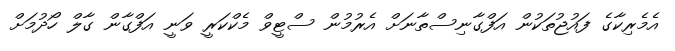
އެމެރިކާގެ ފައުޖުތަކުން އަފްގާނިސްތާނަށް އެރުމުން ސްޓީވް މެކްކަރީ ވަނީ އަފްގާން ގާލް ހޯދުމަށް